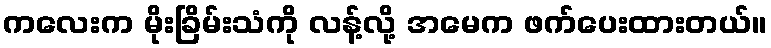
ကလေးက မိုးခြိမ်းသံကို လန့်လို့ အမေက ဖက်ပေးထားတယ်။